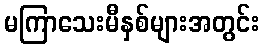
မကြာသေးမီနှစ်များအတွင်း